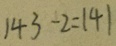
1 4 3 - 2 = 1 4 1